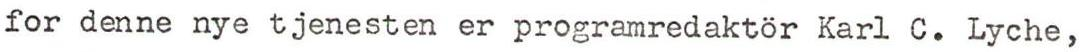
for denne nye tjenesten er programredaktör Karl C. Lyche,